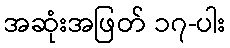
အဆုံးအဖြတ် ၁၇-ပါး